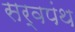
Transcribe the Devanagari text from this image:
सर्वपंथ